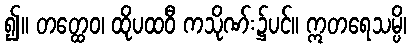
၍။ တတ္ထေဝ၊ ထိုပထဝီ ကသိုဏ်း၌ပင်။ ဣတရေသမ္ပိ၊